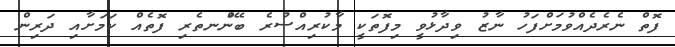
ފޮތް ނެރެދެއްވުމަށްފަހު ނާޒު ވިދާޅުވީ މިފޮތަކީ މާކުރިއްސުރެ ބޭނުްނތެރި ފޮތެއް ކަމަށާއި ދަރިން